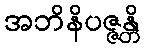
အဘိနိပဇ္ဇန္တိ